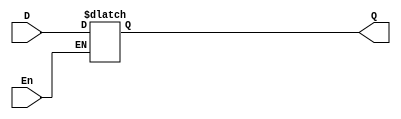
//Description of D latch (transparent latch)
// See Fig. 5-6 

module D_latch (Q, D, En);
  output 	Q;
  input	D, En;
  reg 	Q;

  always @ (En, D)	
    if (En) Q <= D;	// Alternative: if (En == 1) Q <= D;
endmodule

// Description of D flip-flop
// See Fig. 5-11 
module D_flip_flop (Q, D, Clk);
  output 	Q;
  input	D, Clk;
  reg 	Q;

  always @ (posedge Clk)	
    Q <= D;	 
endmodule

// Description of D flip-flop
// with active-low asynchronous reset 
module D_flip_flop_AR (Q, D, Clk, rst);
  output 	Q;
  input	D, Clk, rst;
  reg 	Q;

  always @ (posedge Clk, negedge rst)	
    if (rst == 0) Q <= 1'b0;
    else Q <= D;	 
endmodule